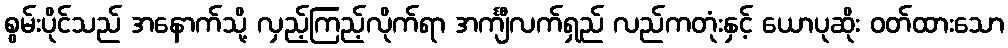
စွမ်းပိုင်သည် အနောက်သို့ လှည့်ကြည့်လိုက်ရာ အင်္ကျီလက်ရှည် လည်ကတုံးနှင့် ယောပုဆိုး ဝတ်ထားသော